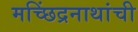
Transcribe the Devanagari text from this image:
मच्छिंद्रनाथांची